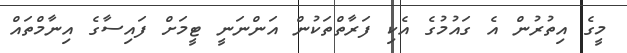
މީގެ އިތުރުން އެ ގައުމުގެ އެކި ފަރާތްތަކުން އަންނަނީ ޓީމަށް ފައިސާގެ އިނާމްތައް